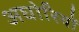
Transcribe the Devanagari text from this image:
अघोरियों